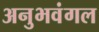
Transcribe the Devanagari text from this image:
अनुभवंगल